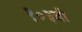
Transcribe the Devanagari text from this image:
१०३वी